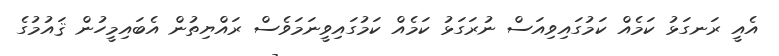
އެއީ ރަނގަޅު ކަމެއް ކަމުގައިވިއަސް ނުރަގަޅު ކަމެއް ކަމުގައިވީނަމަވެސް ރައްޔިތުން އެބައިމީހުން ޤައުމުގެ